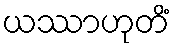
ယဿာဟုတိံ